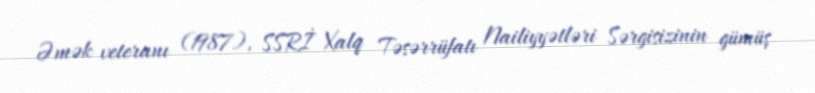
Əmək veteranı (1987), SSRİ Xalq Təsərrüfatı Nailiyyətləri Sərgisizinin gümüş